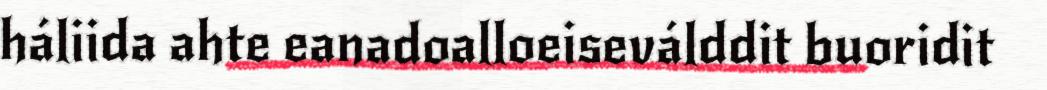
háliida ahte eanadoalloeiseválddit buoridit